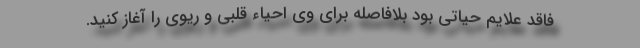
فاقد علایم حیاتی بود بلافاصله برای وی احیاء قلبی و ریوی را آغاز کنید.